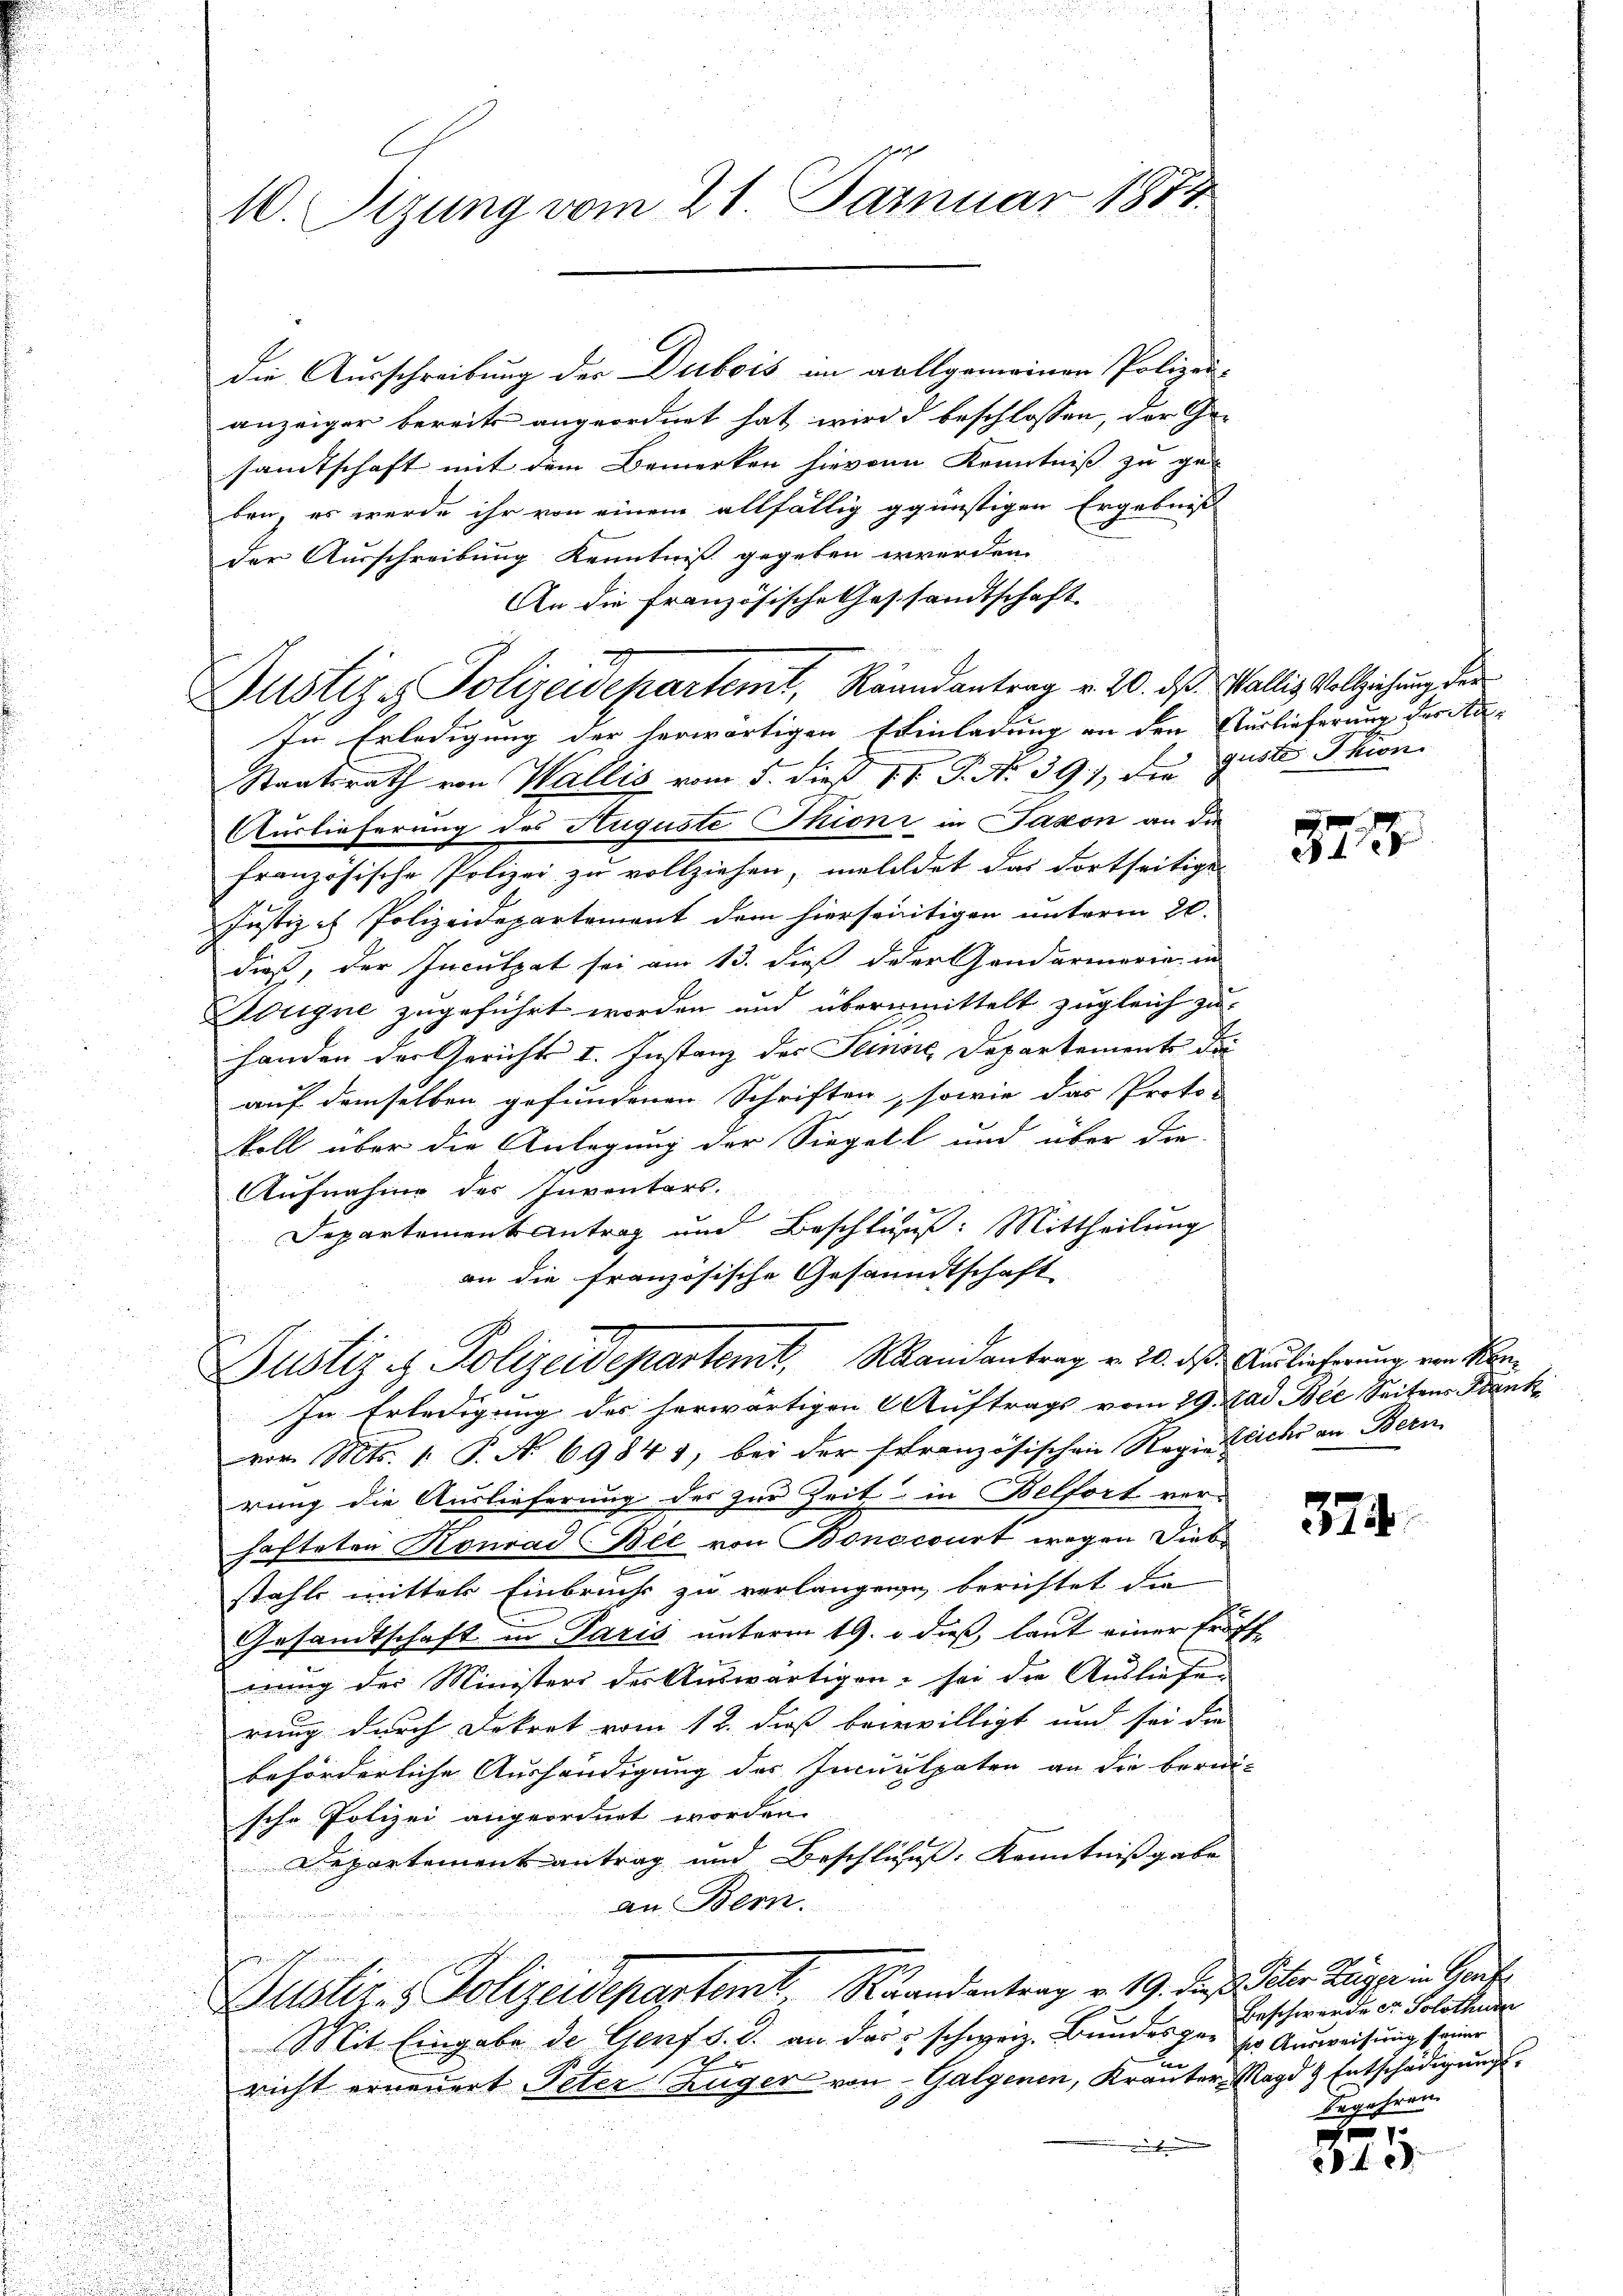
die Ausschreibung der Dubois im vollgemeinen Polizei-
anzeiger bereits angeordnet hat wird beschlossen, der Ge-
samtschaft mit dem Bemerken hievon Kenntniß zu ge
ben, es wurde ihr von einem allfällig günstigen Ergebnis
der Ausschreibung Kenntniß gegeben werden.
An die französische Cassandtschaft
In Erledigung der herwärtigen Einladung an den Auslieferung der An-
Staatsrath von Wallis vom 5. dieß 1 V. P. Nr. 391, die guste Thion
Auslieferung des Auguste Skioni in Jakon an die
Französische Polizei zu vollziehen, melildet das dortseitige
Justiz - Polizeidepartement dem hierseitigen unterm 20.
dieß, der Inculpat sei am 13. dieß der andarmerie in
Wugne zugeführt worden und übermittelt zugleich zu
handen der Gerichts I. Instanz des Sinne Departements die
auf demselben gefundenen Schriften, sowie das Proto-
koll über die Anlegung der Siegell und über die
Aufnahme des Inventars.
Departement Antrag und Beschluss: Mittheilung
an die französische Gesandtschaft
Justiz & Polizeidepartemt, Mandantrag v. 20. ds. Auslicherung von Kon¬
In Erledigung des herwärtigen Auftrags vom 29. Mad. Bei Seitens Frank
vor. Mts. 1. P. No 69841, bei der französischen Regen Zeichs an Bern
rung die Auslieferung des zur Zeit in Belfort ver-
hafteten Konrad Ble von Bonccourt wegen Diebstahls mittels Einbruchs zu verlangene berichtet die
Gesandtschaft in Paris unterm 19. d. dieß, laut einer Erdgeinig der Ministeri der Auswärtigen, sei die Ausliefen
rung durch Dekret vom 12. dieß berewilligt und sei die
beförderliche Aushändigung der Inculpaten an die beri
sche Polizei angeordnet worden.
d
un
Departement antrag und Beschluss: Kenntnißgabe
an Bern.

Justiz- & Polizeidepartemt, Randantrag v. 19. Dr. Scher Zuger in Kaufe
Mit Eingabe de Genf d. d. an das schweiz. Bundesger ser Ausweisung seiner
.
richt erneuert Peter Züger von Galgenen, Krauter Magd & Entschädigung.

M. Sizung vom 21. Januar 1874.

7
Justiz & Polizeidepartemt, Raandantrag v. 20. ds. Wallis Vollziehung der

2

37

375.

Beschwerde der Solothurn
Begehren.

e
2t